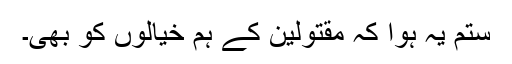
ستم یہ ہوا کہ مقتولین کے ہم خیالوں کو بھی۔